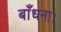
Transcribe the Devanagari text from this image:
बाँधना।